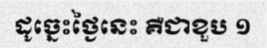
ដូច្នេះថ្ងៃនេះ គឺជាខួប ១